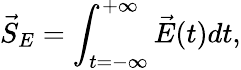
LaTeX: \vec{S}_{E}=\int_{t=-\infty}^{+\infty}\vec{E}(t)dt,